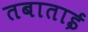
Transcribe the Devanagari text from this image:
तबाताई